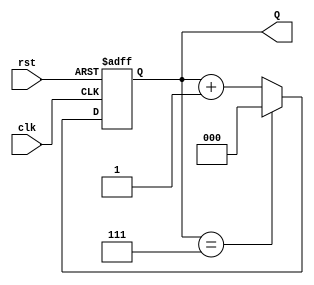
module up_counter_moore (
    input wire clk,       // Clock input
    input wire rst,       // Asynchronous reset input
    output reg [2:0] Q    // 3-bit output representing the current count value
);

// State transition logic
always @(posedge clk or posedge rst) begin
    if (rst) begin
        Q <= 3'b000; // Reset to state 0
    end else begin
        Q <= (Q == 3'b111) ? 3'b000 : Q + 1; // Increment or wrap around
    end
end

endmodule